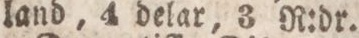
land, 4 delar, 3 R:dr.